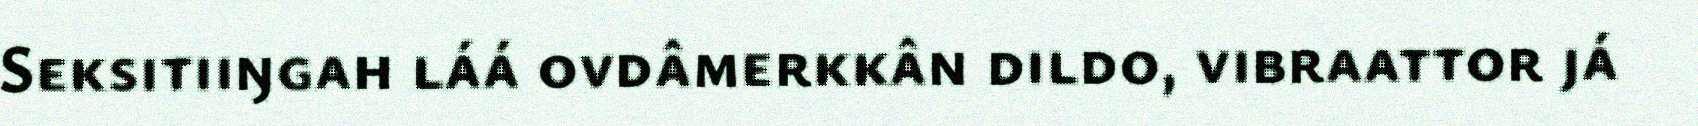
Seksitiiŋgah láá ovdâmerkkân dildo, vibraattor já